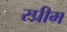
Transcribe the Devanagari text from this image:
स्प्रीम